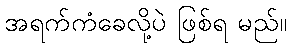
အရက်ကံခေလို့ပဲ ဖြစ်ရ မည်။